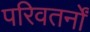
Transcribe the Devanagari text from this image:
परिवतर्नों